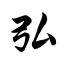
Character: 弘